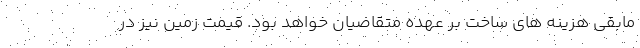
مابقی هزینه های ساخت بر عهده متقاضیان خواهد بود. قیمت زمین نیز در